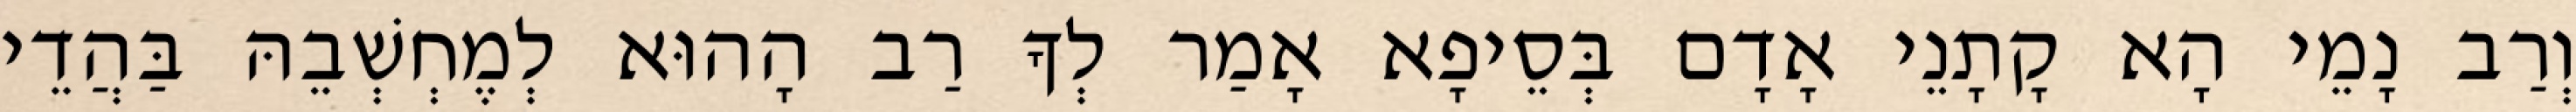
וְרַב נָמֵי הָא קָתָנֵי אָדָם בְּסֵיפָא אָמַר לְךָ רַב הָהוּא לְמֶחְשְׁבֵהּ בַּהֲדֵי